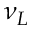
\nu _ { L }